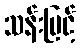
သန်းမြင့်